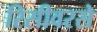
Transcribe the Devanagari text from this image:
रिसीवरसे